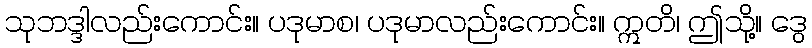
သုဘဒ္ဒါလည်းကောင်း။ ပဒုမာစ၊ ပဒုမာလည်းကောင်း။ ဣတိ၊ ဤသို့။ ဒွေ